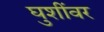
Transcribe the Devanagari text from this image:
घुशींवर